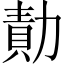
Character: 勣